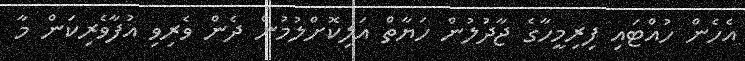
އެހެން ހުއްޓައި ފިރިމީހާގެ ޖާދުލުން ހަޔާތް އަލިކޮށްލުމުން ދެން ވެރިވި އުފާވެރިކަން މާ